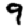
Digit: 9